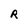
Character: R